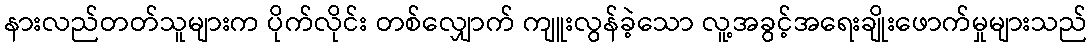
နားလည်တတ်သူများက ပိုက်လိုင်း တစ်လျှောက် ကျူးလွန်ခဲ့သော လူ့အခွင့်အရေးချိုးဖောက်မှုများသည်